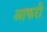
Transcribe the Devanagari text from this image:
आफरी